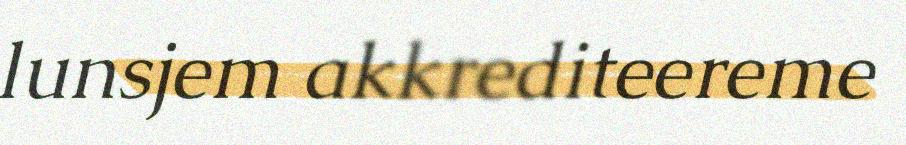
lunsjem akkrediteereme